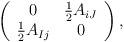
LaTeX: \begin{align*}\left( \begin{array}{cc} 0 & {1\over 2} A_{iJ} \\ {1\over 2} A_{Ij} & 0\end{array}\right),\end{align*}